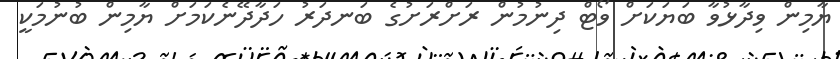
ޔާމިން ވިދާޅުވާ ބަޔަކަށް ވޯޓް ދިނުމުން ރަށްރަށުގެ ބަނދަރު ހަދާދޭނެކަމަށް ޔާމިން ބުނުމަކީ